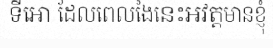
ទីអោ ដែលពេលងៃនេះអវត្តមានខ្ញុំ